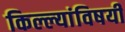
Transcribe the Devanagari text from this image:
किल्ल्यांविषयी